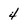
Character: 4